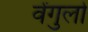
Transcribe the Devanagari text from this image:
वेेंगुर्ला